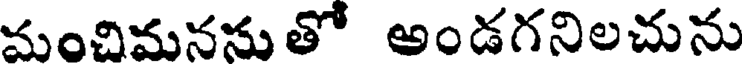
చుంచిమననుతో అండగనిలచును